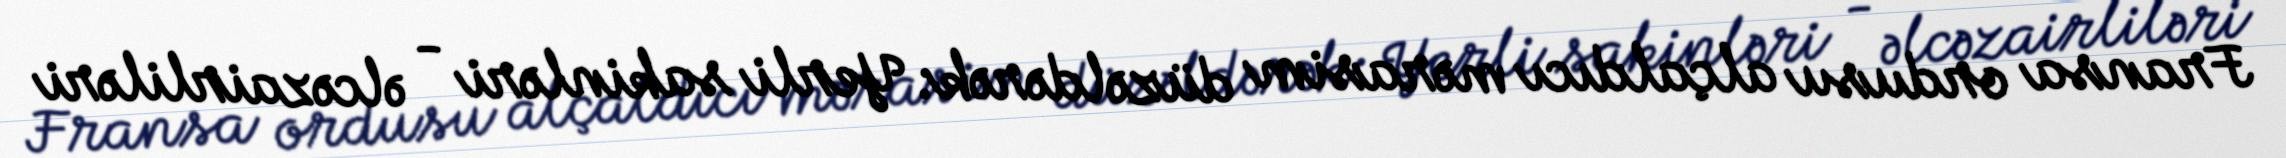
Fransa ordusu alçaldıcı mərasim düzəldərək: Yerli sakinləri - əlcəzairliləri